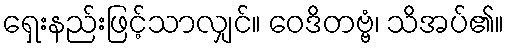
ရှေးနည်းဖြင့်သာလျှင်။ ဝေဒိတဗ္ဗံ၊ သိအပ်၏။